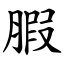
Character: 腵